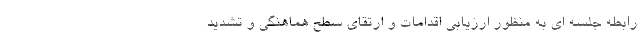
رابطه جلسه ای به منظور ارزیابی اقدامات و ارتقای سطح هماهنگی و تشدید